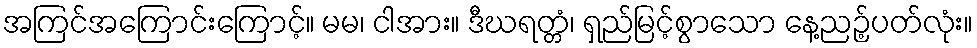
အကြင်အကြောင်းကြောင့်။ မမ၊ ငါအား။ ဒီဃရတ္တံ၊ ရှည်မြင့်စွာသော နေ့ညဉ့်ပတ်လုံး။